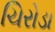
ચિરોડા